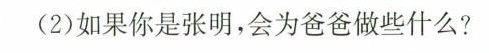
(2)如果你是张明，会为爸爸做些什么?